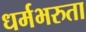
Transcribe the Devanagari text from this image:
धर्मभरुता